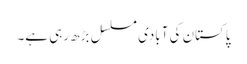
پاکستان کی آبادی مسلسل بڑھ رہی ہے۔